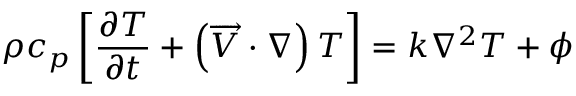
\rho c _ { p } \left[ \frac { \partial T } { \partial t } + \left( \overrightarrow { V } \cdot \nabla \right) T \right] = k \nabla ^ { 2 } T + \phi